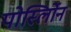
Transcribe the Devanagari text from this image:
पोर्स्लोिन